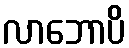
လာဘောပိ